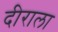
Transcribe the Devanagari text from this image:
दीराला